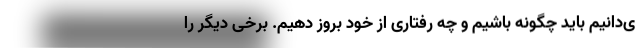
ی‌دانیم باید چگونه باشیم و چه رفتاری از خود بروز دهیم. برخی دیگر را